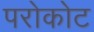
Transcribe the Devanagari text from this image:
परोकोट